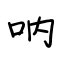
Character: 呐